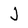
Character: J